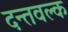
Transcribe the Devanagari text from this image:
दन्तवल्क